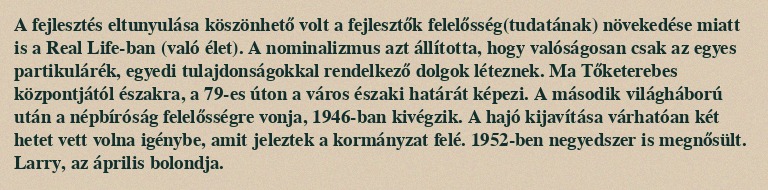
A fejlesztés eltunyulása köszönhető volt a fejlesztők felelősség(tudatának) növekedése miatt is a Real Life-ban (való élet). A nominalizmus azt állította, hogy valóságosan csak az egyes partikulárék, egyedi tulajdonságokkal rendelkező dolgok léteznek. Ma Tőketerebes központjától északra, a 79-es úton a város északi határát képezi. A második világháború után a népbíróság felelősségre vonja, 1946-ban kivégzik. A hajó kijavítása várhatóan két hetet vett volna igénybe, amit jeleztek a kormányzat felé. 1952-ben negyedszer is megnősült. Larry, az április bolondja.